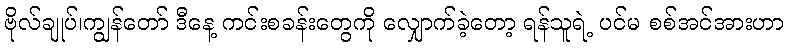
ဗိုလ်ချုပ်၊ကျွန်တော် ဒီနေ့ ကင်းစခန်းတွေကို လျှောက်ခဲ့တော့ ရန်သူရဲ့ ပင်မ စစ်အင်အားဟာ